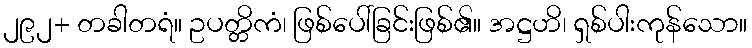
၂၉၂+ တခါတရံ။ ဥပတ္တိကံ၊ ဖြစ်ပေါ်ခြင်းဖြစ်၏။ အဋ္ဌဟိ၊ ရှစ်ပါးကုန်သော။